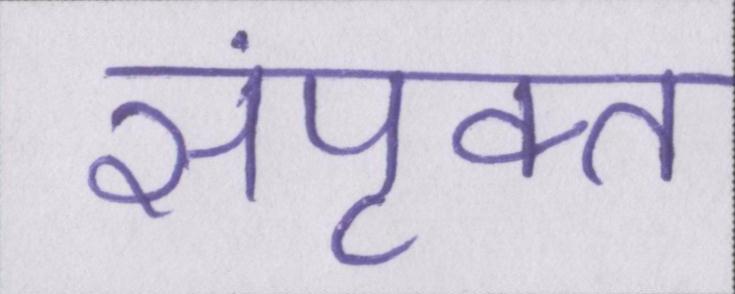
संपृक्त